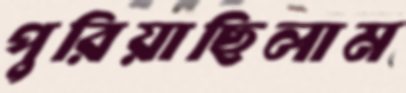
পুরিয়াছিলাম